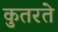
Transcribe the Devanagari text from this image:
कुतरते